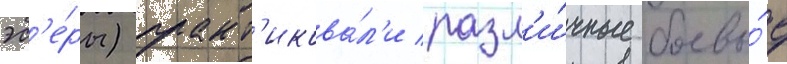
эс'е́ры) практ'икова́л'и разл'и́чные боевы́е